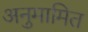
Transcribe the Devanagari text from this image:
अनुमामित